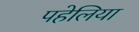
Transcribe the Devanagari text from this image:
पहेलिया